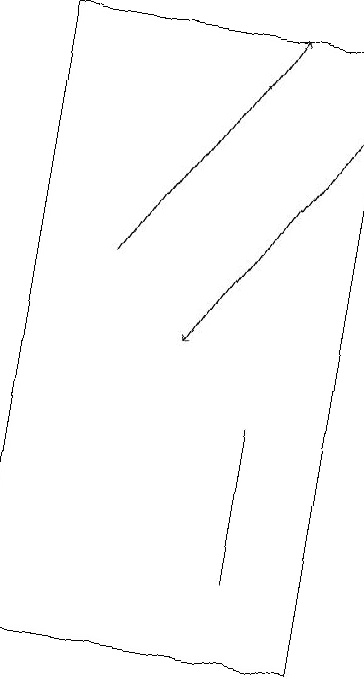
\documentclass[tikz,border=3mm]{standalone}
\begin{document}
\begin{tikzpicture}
\draw[->] (2,16) -- (4,19);
\draw (5,19) rectangle (1,11);
\draw (4,12) rectangle (4,14);
\draw[->] (5,18) -- (3,15);
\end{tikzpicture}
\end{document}